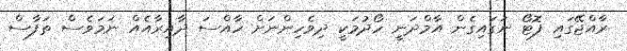
ރާއްޖޭގައި ފޮޓޯ ނަގައިގެން އާމްދަނީ ހޯދުމަކީ ދިވެހިންނަށް ހާއްސަ ދާއިރާއެއް ނަމަވެސް ތަފާސް